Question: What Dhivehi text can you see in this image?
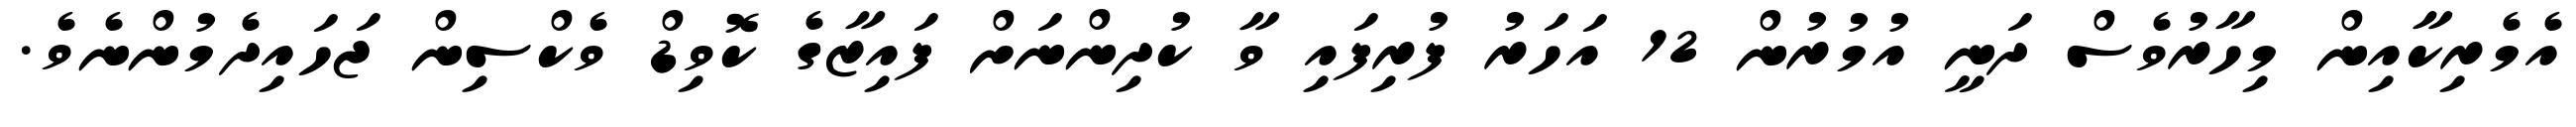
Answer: އެމެރިކާއިން މިހާރުވެސް ދަނީ އުމުރުން 12 އަހަރު ފުރިފައި ވާ ކުދިންނަށް ފައިޒާގެ ކޮވިޑް ވެކްސިން ޖަހައިދެމުންނެވެ.